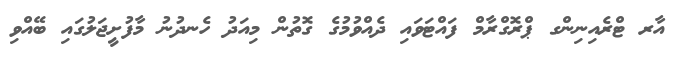
އާރ ޓްރެއިނިންގ ޕްރޮގްރާމް ފައްޓަވައި ދެއްވުމުގެ ގޮތުން މިއަދު ހެނދުނު މާފުށީޖަލުގައި ބޭއްވި